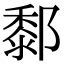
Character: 𨞃